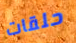
حلقات